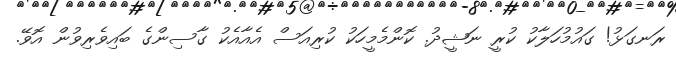
ރަނގަޅު! ގައުމުހަލާކު ކުރީ ނަޝީދު. ކޮންމެމީހަކު ކުރިއަސް އެއާއެކު ގާސިންގެ ބައިވެރިވުން އޮވޭ.